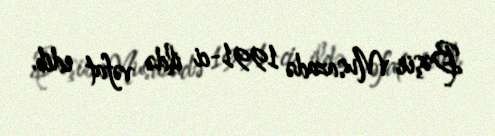
Bəşir Musazadə 1991-ci ildə vəfat edib.